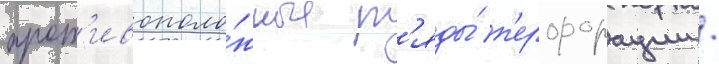
прот'ивополо́жные р'яды́ п'ерфорации /